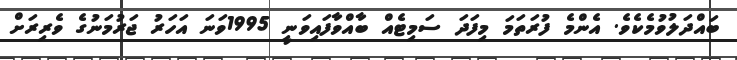
ބައްދަލުވުމެކެވެ. އެންމެ ފުރަތަމަ މިފަދަ ސަމިޓެއް ބާއްވާފައިވަނީ 1995ވަނަ އަހަރު ޖަރުމަނުގެ ވެރިރަށް